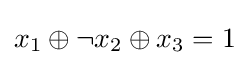
x_{1}\oplus \lnot x_{2}\oplus x_{3}=1